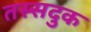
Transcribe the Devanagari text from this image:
तस्सदुक